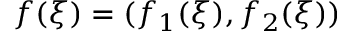
f ( \xi ) = ( f _ { 1 } ( \xi ) , f _ { 2 } ( \xi ) )